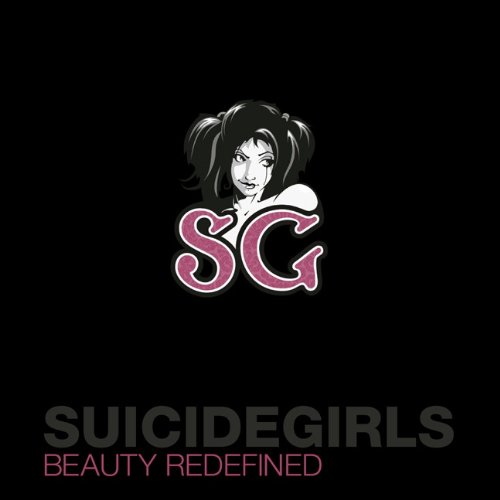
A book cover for SuicideGirls: Beauty Redefined; Missy Suicide; Arts & Photography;